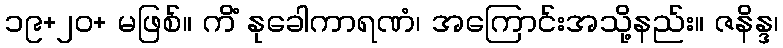
၁၉+၂၀+ မဖြစ်။ ကိံ နုခေါကာရဏံ၊ အကြောင်းအသို့နည်း။ ဇနိန္ဒ၊